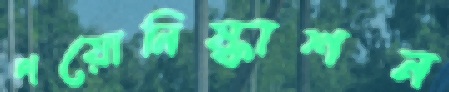
পয়োনিষ্কাশন